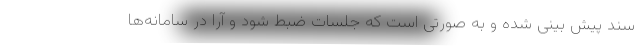
سند پیش بینی شده و به صورتی است که جلسات ضبط شود و آرا در سامانه‌ها